Leningradi_Edasi_toimetus, lk 178
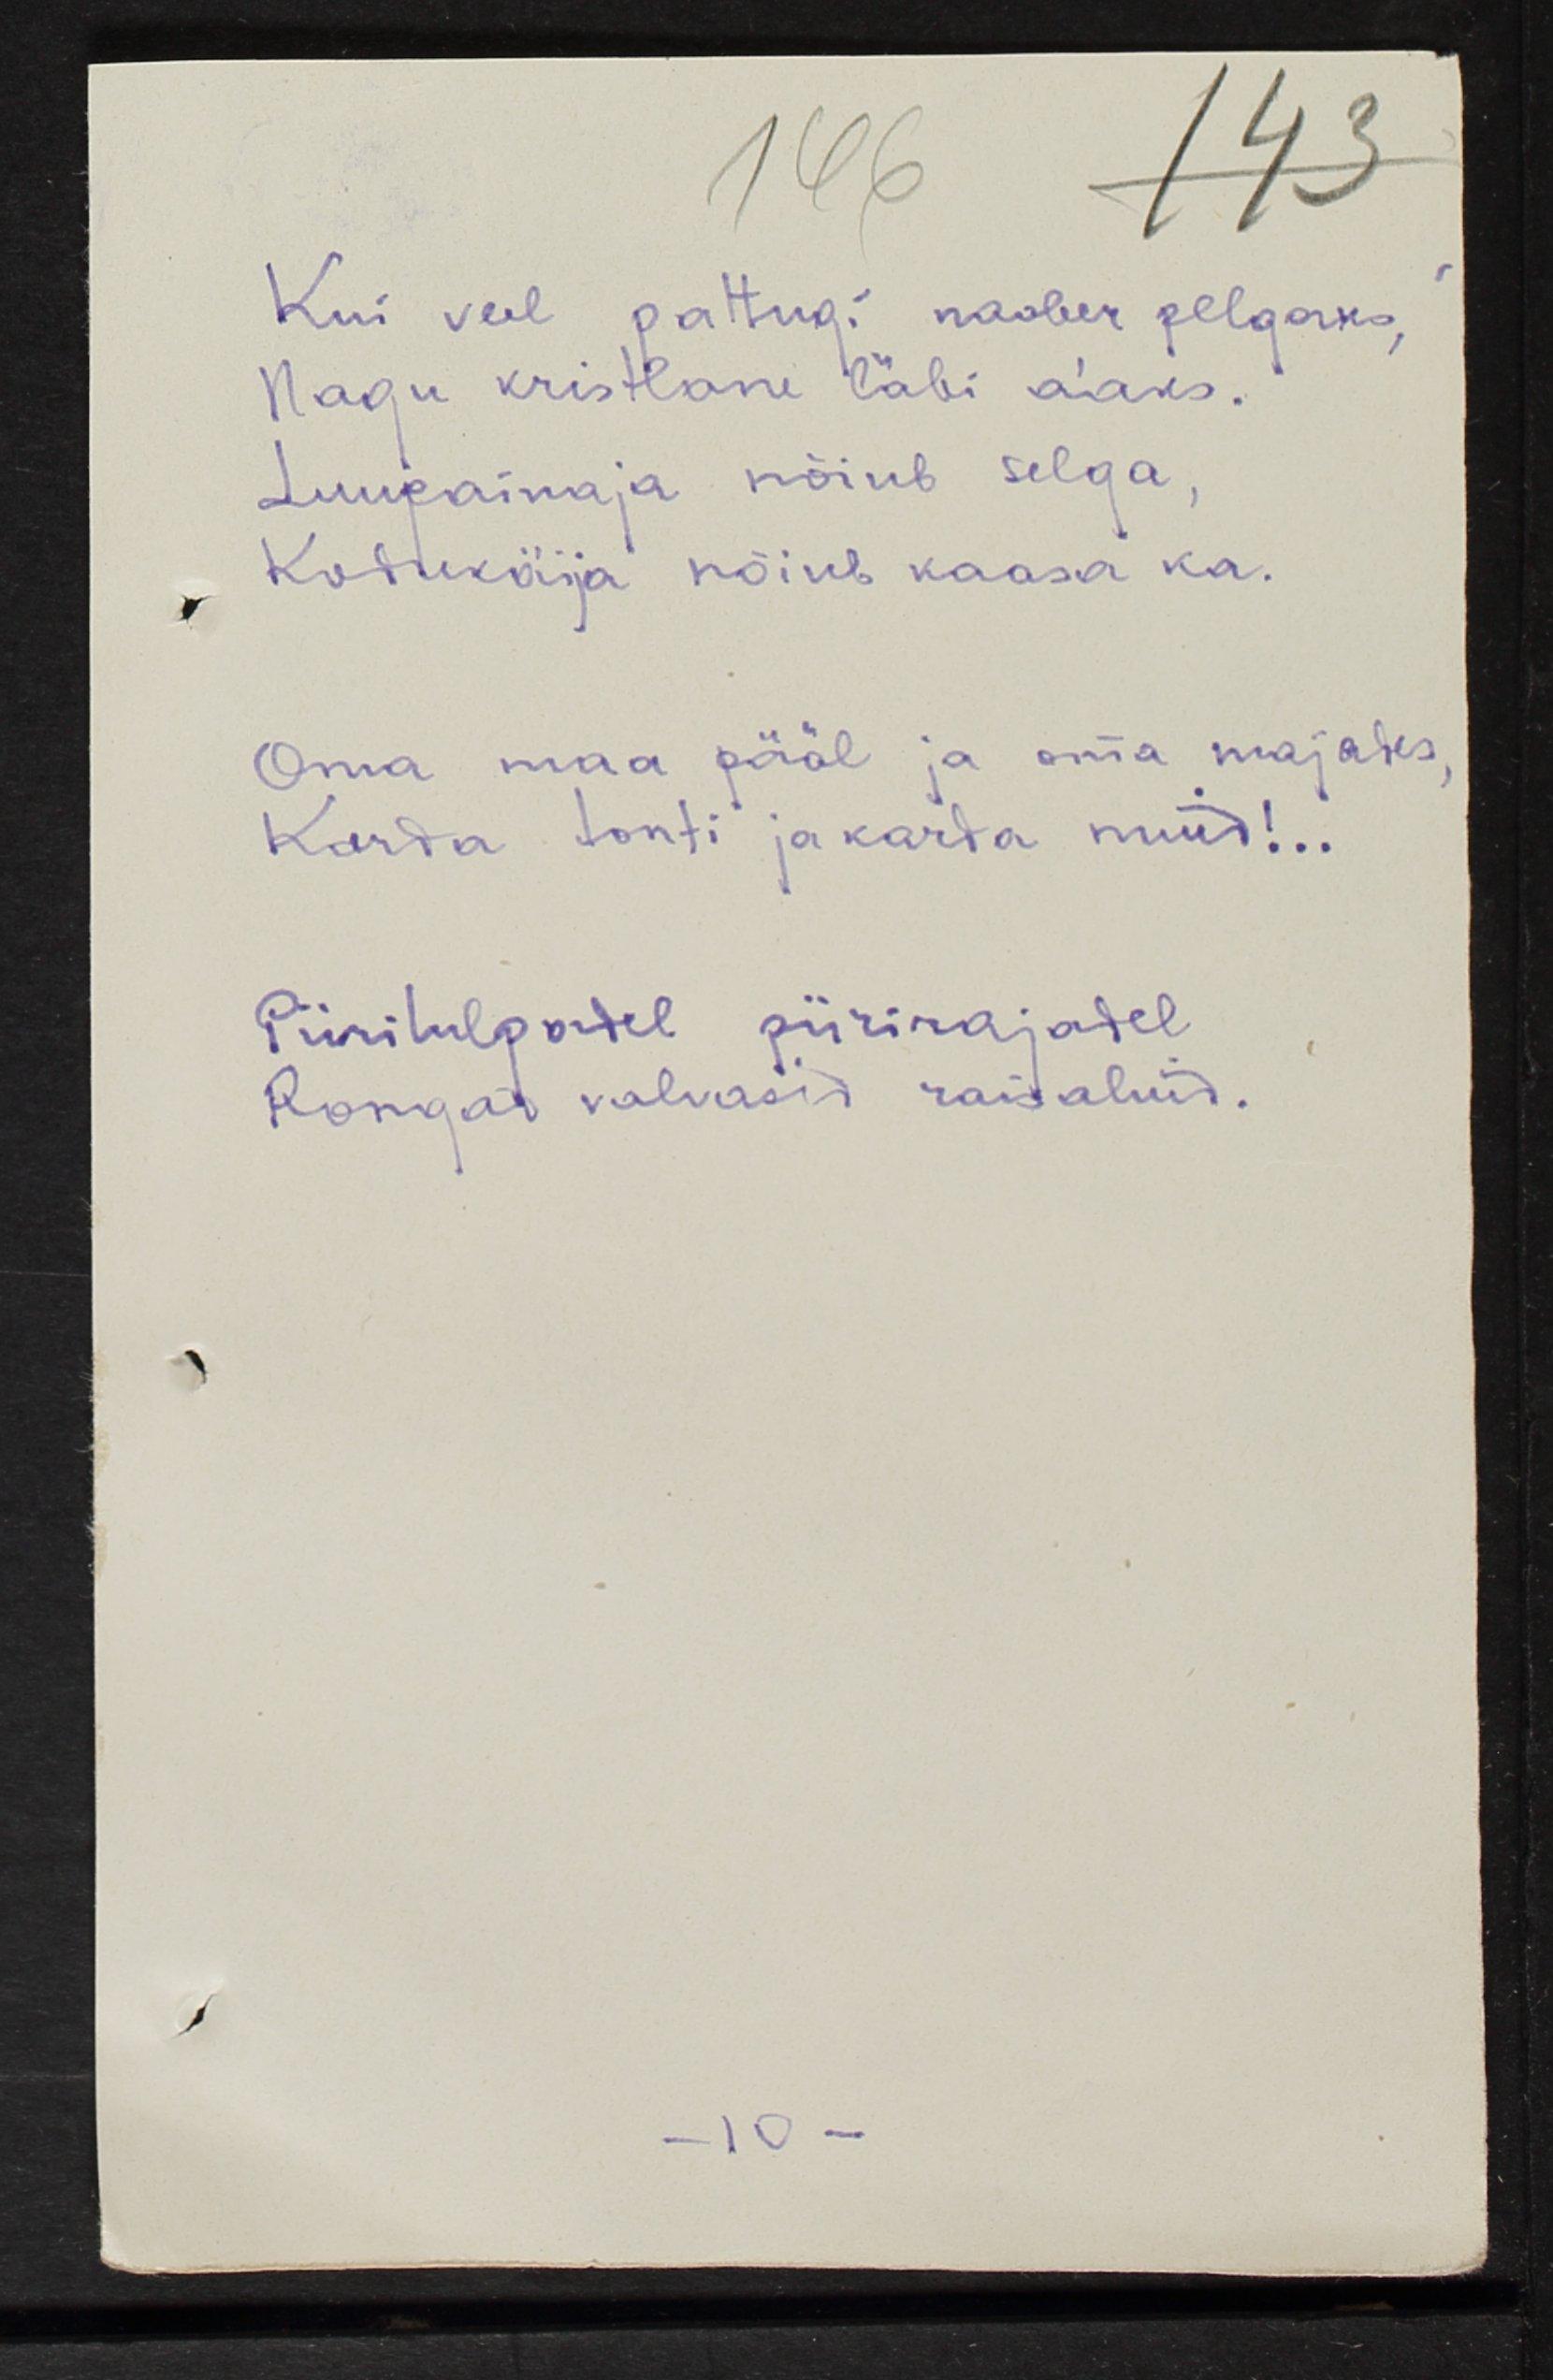
Kui veel pattugi naaber pelgaks,
Nagu kristlane läbi a'aks.
Luupainaja nõiub selga,
Kodukäija nõiub kaasa ka.
Oma maa pääl ja oma majades, 
Karda tonti ja karda muud!..
Piiritulpadel piirirajadel
Rongad valvasid raisaluid.